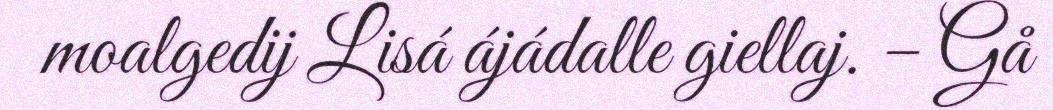
moalgedij Lisá ájádalle giellaj. – Gå